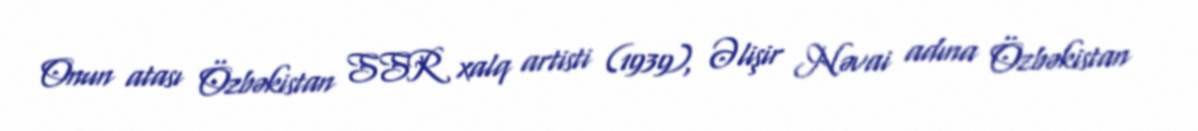
Onun atası Özbəkistan SSR xalq artisti (1939), Əlişir Nəvai adına Özbəkistan